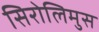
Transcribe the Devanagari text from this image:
सिरोलिमुस